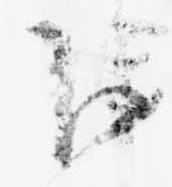
下